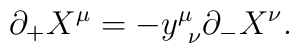
\partial_+ X^\mu = -y ^\mu_{~\nu} \partial_- X^\nu.